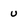
Character: u